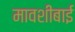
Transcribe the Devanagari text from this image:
मावशीबाई